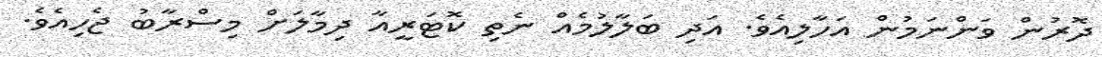
ދޮރުން ވަންނަމުން އަހާލިއެވެ. އަދި ބަލާލުމެއް ނެތި ކޮޓަރީއާ ދިމާލަށް މިސްރާބު ޖެހިއެވެ.